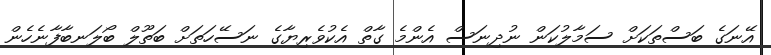
އޭނަގެ ބަސްތަކަށް ސަމާލުކަން ނުދިނަސް އެންމެ ގާތް އެކުވެރިޔާގެ ނަސޭހަތަށް ބަތޫލް ބޯލަނބާފާނެހެން